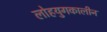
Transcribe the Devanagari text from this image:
लोहयुगकालीन